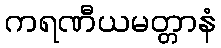
ကရဏီယမတ္တာနံ